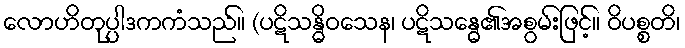
လောဟိတုပ္ပါဒကကံသည်။ (ပဋိသန္ဓိဝသေန၊ ပဋိသန္ဓေ၏အစွမ်းဖြင့်။ ဝိပစ္စတိ၊